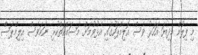
މި ފިލުމް މިދިޔަ އަހަރު ވެސް އޮލިމްޕަހުގައި އެޅުވުމަށް މަސައްކަތްކުރި ނަމަވެސް އިލިމްޕަސް